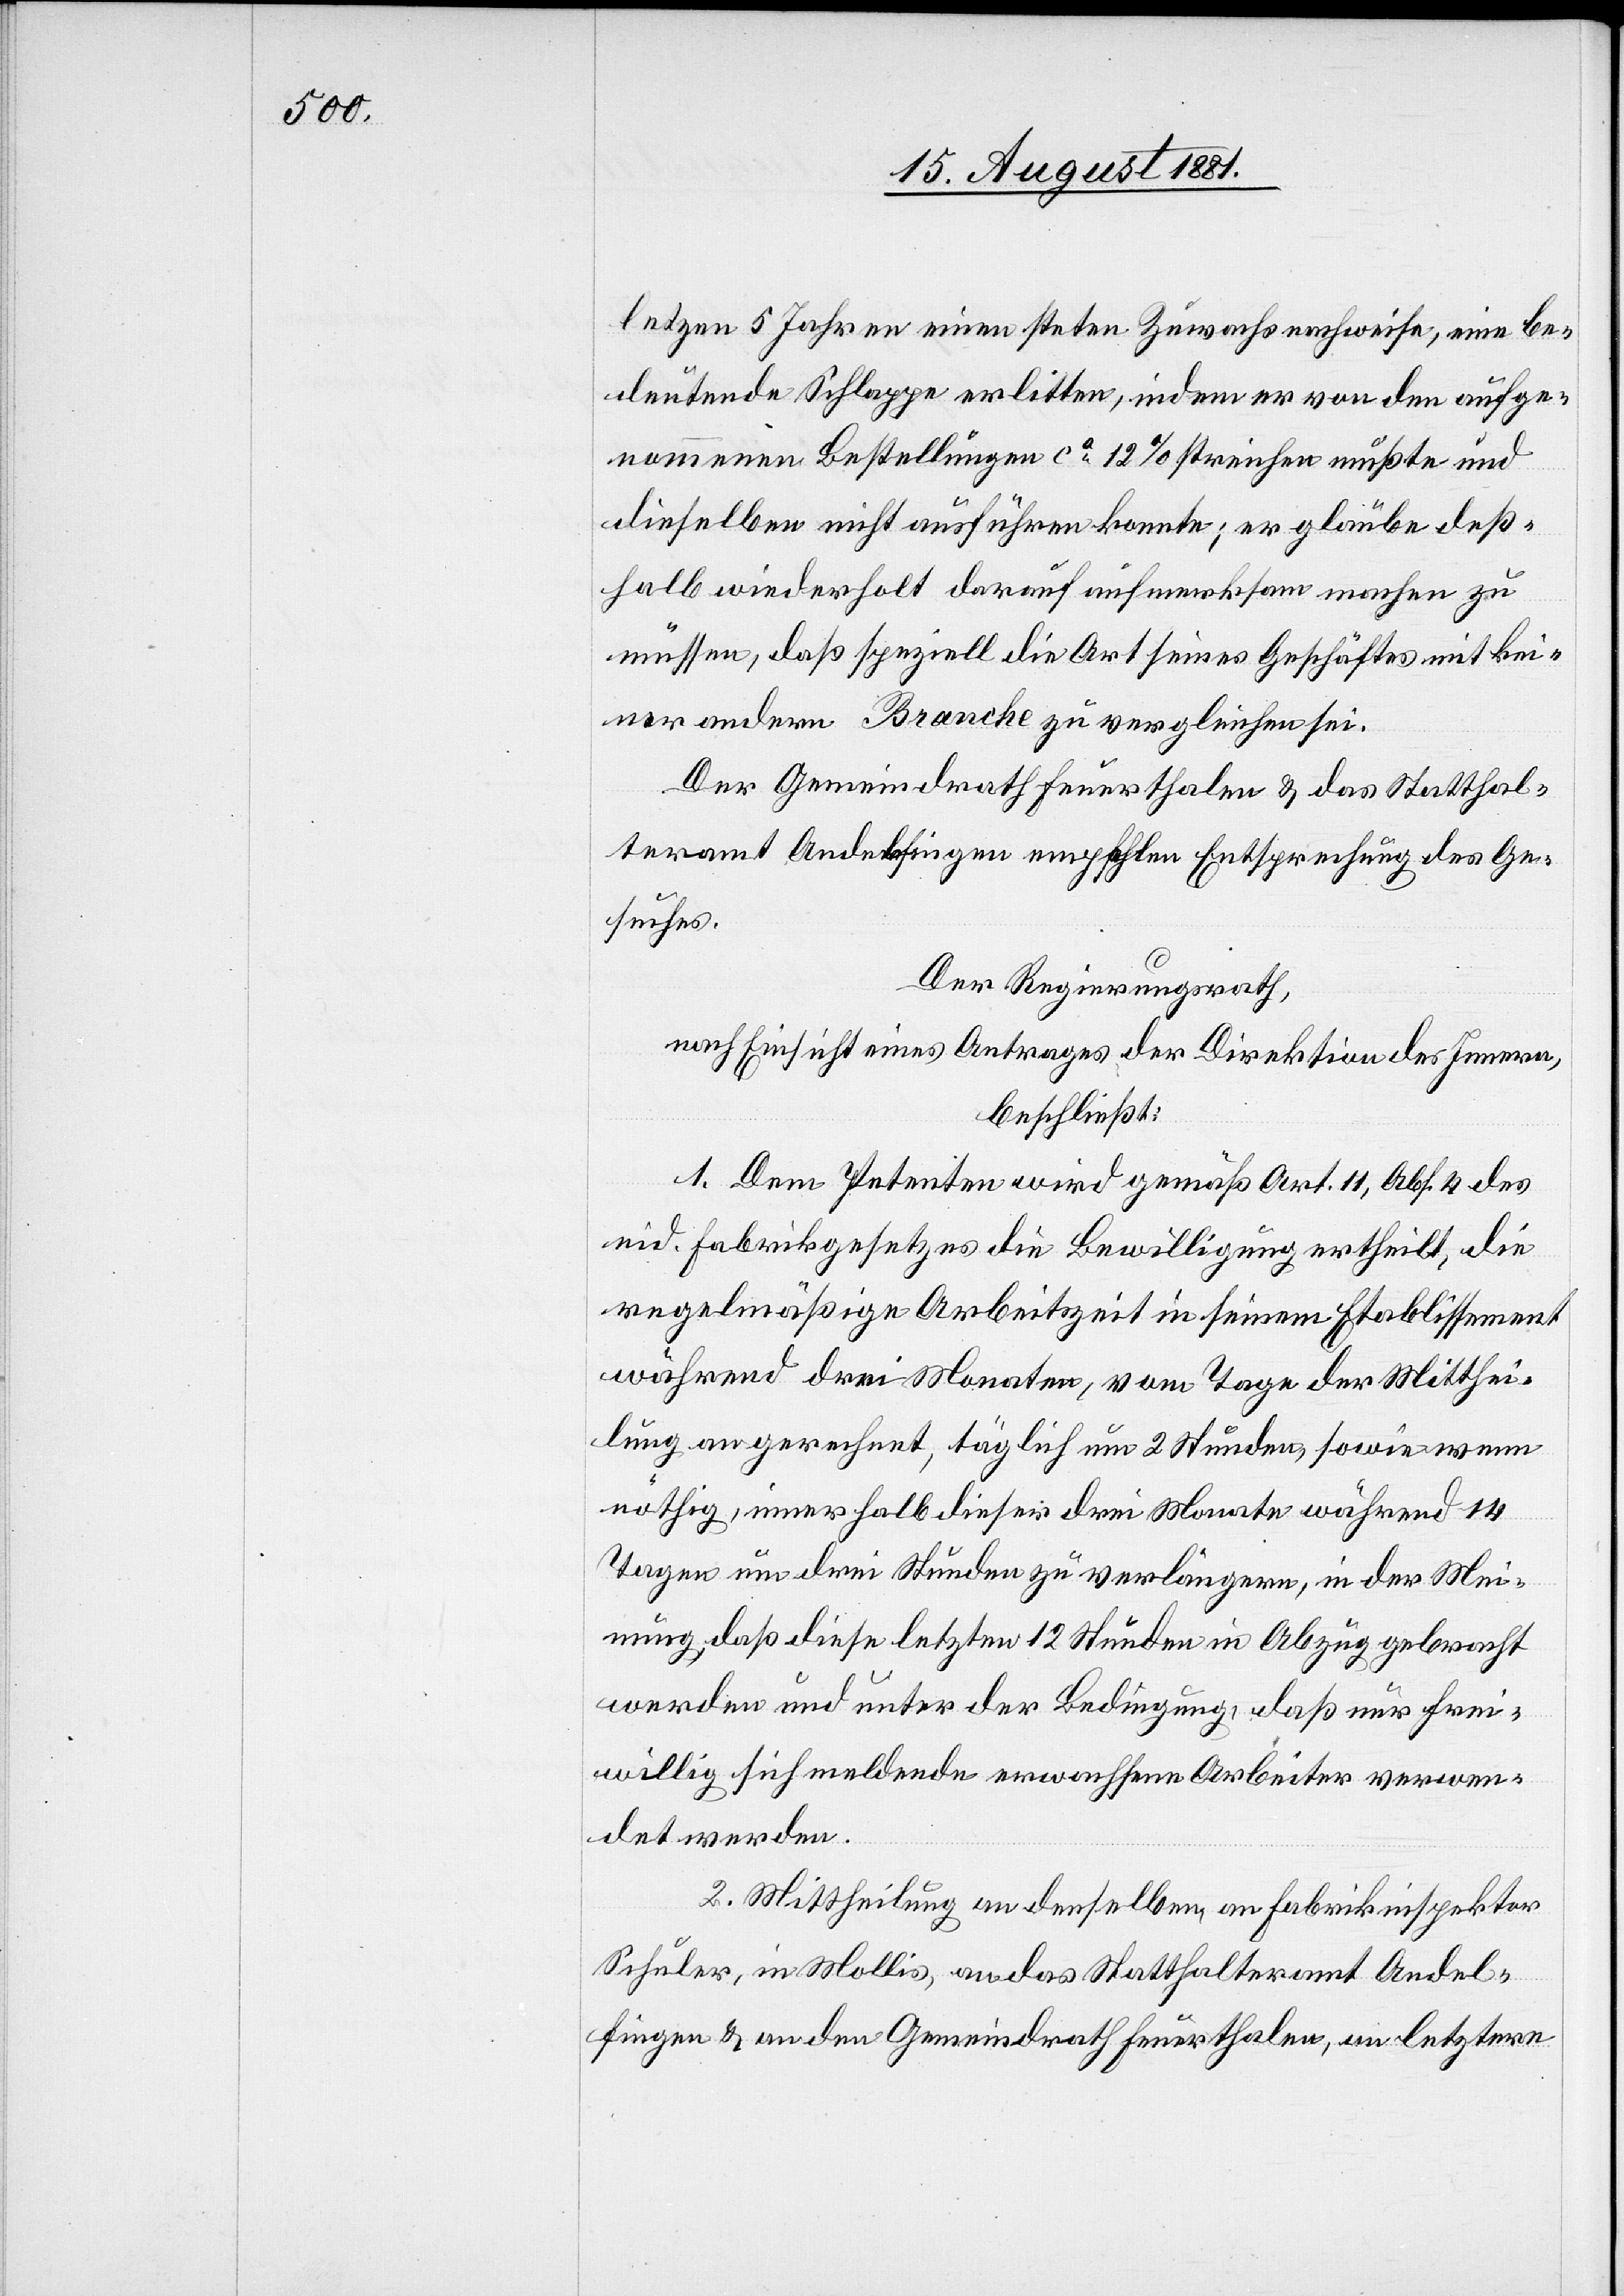
letzten 5 Jahren einen steten Zuwachs nachweise, eine be¬
deutende Schlappe erlitten, indem er von den aufge¬
nommenen Bestellungen ca 12% streichen mußte und
dieselben nicht ausführen konnte; er glaube deß¬
halb wiederholt darauf aufmerksam machen zu
müssen, daß speziell die Art seines Geschäfts mit kei¬
ner andern Branche zu vergleichen sei.
Der Gemeindrath Feuerthalen & das Statthal¬
teramt Andelfingen empfehlen Entsprechung des Ge¬
suches.
Der Regierungsrath,
nach Einsicht eines Antrages der Direktion des Innern,
beschließt:
1. Dem Petenten wird gemäß Art. 11, Abs. 4 des
eid. Fabrikgesetzes die Bewilligung ertheilt, die
regelmäßige Arbeitszeit in seinem Etablissement
während drei Monaten, vom Tage der Mitthei¬
lung an gerechnet, täglich um 2 Stunden, sowie wenn
nöthig, innerhalb dieser drei Monate während 14
Tagen um drei Stunden zu verlängern, in der Mei¬
nung, daß diese letzten 12 Stunden in Abzug gebracht
werden und unter der Bedingung, daß nur frei¬
willig sich meldende erwachsene Arbeiter verwen¬
det werden.
2. Mittheilung an denselben, an Fabrikinspektor
Schuler, in Mollis, an das Statthalteramt Andel¬
fingen & an den Gemeindrath Feuerthalen, letztern